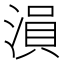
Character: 溳